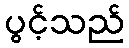
ပွင့်သည်